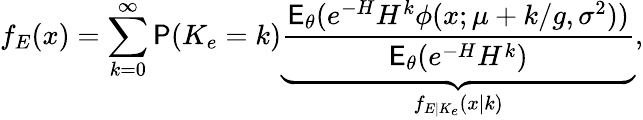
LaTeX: f_{E}(x)=\sum_{k=0}^{\infty}\mathsf P(K_{e}=k)\underbrace{\frac{\mathsf E_{\theta}(e^{-H}H^{k}\phi(x;\mu+k/g,\sigma^{2}))}{\mathsf E_{\theta}(e^{-H}H^{k})}}_{f_{E|K_{e}}(x|k)},